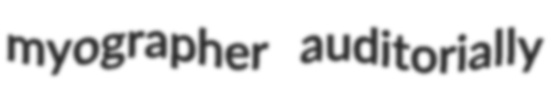
myographer auditorially